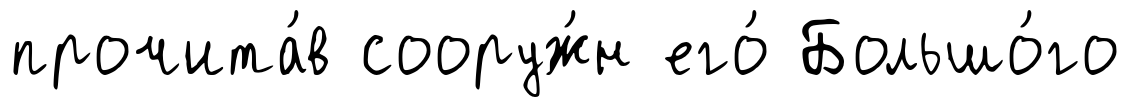
прочита́в сооруж́н его́ Большо́го